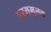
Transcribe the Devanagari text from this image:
परममूलक